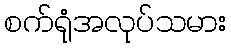
စက်ရုံအလုပ်သမား